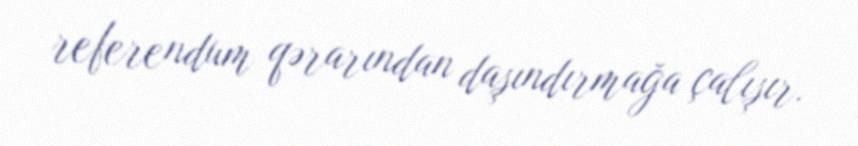
referendum qərarından daşındırmağa çalışır.